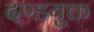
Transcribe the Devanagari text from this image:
दण्डयुक्त